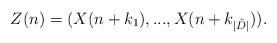
LaTeX: \begin{align*}Z(n)=(X(n+k_1),...,X(n+k_{|\hat D|})).\end{align*}